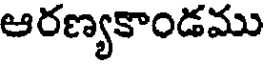
ఆరణ్యకాండము